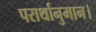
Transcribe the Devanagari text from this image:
परार्थानुमान।